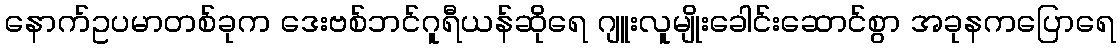
နောက်ဥပမာတစ်ခုက ဒေးဗစ်ဘင်ဂူရီယန်ဆိုရေ ဂျူးလူမျိုးခေါင်းဆောင်စွာ အခုနကပြောရေ